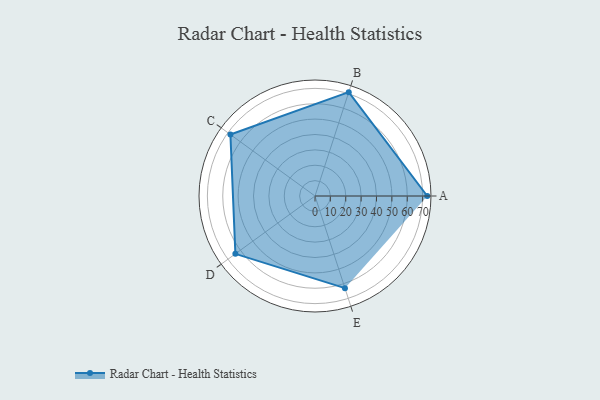
{"axis": {"x": "Skill", "y": "Score"}, "legend": ["Profile"], "data": [{"x": "A", "y": 73.0, "type": "Profile"}, {"x": "B", "y": 71.0, "type": "Profile"}, {"x": "C", "y": 68.0, "type": "Profile"}, {"x": "D", "y": 64.0, "type": "Profile"}, {"x": "E", "y": 63.0, "type": "Profile"}]}